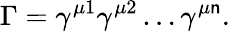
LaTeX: \Gamma=\gamma^{\mu1}\gamma^{\mu2}\dots\gamma^{\mu\mathsf{n}}.